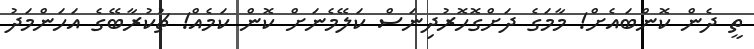
ތީ ދެން ކޮންބައެށް! މާމަގެ ދަށްގޮހޮރުދިނަސް ކަލޭމެނަށް ކޮން ކަމެއް! ޗުކުރާބޭގެ އަހަންމަދު